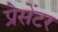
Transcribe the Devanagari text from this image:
प्रेसेंटर